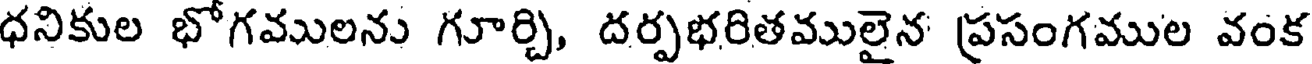
ధనికుల భోగములను గూర్చి, దర్పభరితములైన ప్రసంగముల వంక